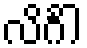
လိင်္ဂါ